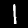
Digit: 1